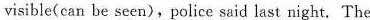
visible( can be seen),police said last night, The